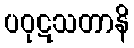
ပဝုဋသတာနိ